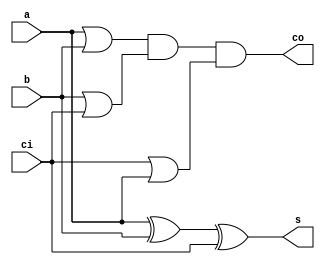
// 1-bit Adder 
module adder(s, co, a, b, ci);

   output s, co;	//Outputs of Sum and Carry Out
   input  a, b, ci;	//Inputs of A, b and Carry In
   
   wire   o0, o1, o2;	//Internal wiring
   	
   xor(s, a, b, ci);	//Calculation of Sum
   
   or(o0, a, b);	//Calculation of Carry Out
   or(o1, b, ci);
   or(o2, ci, a);
   and(co, o0, o1, o2);
   
endmodule // adder

//7-bit adder used in the final calculation after the 3:2 adders have done there thing
module adder7(s, co, a, b, ci);
   
   output [6:0] s;	//7-bit Sum output
   output co;		//Output bit of Carry out
   
   input [6:0] 	a, b;	//7-bit Input A and B
   input ci;			//Input bit of Carry in
   
   wire 	c1, c2, c3, c4, c5, c6;	

   adder a0(s[0], c1, a[0], b[0], ci);	
   adder a1(s[1], c2, a[1], b[1], c1);	
   adder a2(s[2], c3, a[2], b[2], c2);
   adder a3(s[3], c4, a[3], b[3], c3);
   adder a4(s[4], c5, a[4], b[4], c4);
   adder a5(s[5], c6, a[5], b[5], c5);
   adder a6(s[6], co, a[6], b[6], c6);
   
endmodule // adder8

//3:2 adder with all inputs and outputs 7-bit wide
module adder3_2(s, co, a, b, c);
   
   output [6:0] s,co;	//7-bit Sum output and 7-bit carry in where co[0] = 0 (Carry In will be added in later)
   input [6:0] 	a, b, c;	//7-bit Input A and B
	
   wire 	c1;		//the last carry bit is not used so assign to bogus entiry
  
   assign co[0] = 0;	//assingment of co[0] to 0, this causes the Carry vector to be shifted over to left by 1
   
   adder a0(s[0], co[1], a[0], b[0], c[0] );	
   adder a1(s[1], co[2], a[1], b[1], c[1]);	
   adder a2(s[2], co[3], a[2], b[2], c[2]);
   adder a3(s[3], co[4], a[3], b[3], c[3]);
   adder a4(s[4], co[5], a[4], b[4], c[4]);
   adder a5(s[5], co[6], a[5], b[5], c[5]);
   adder a6(s[6], c1, a[6], b[6], c[6]);
   
  
   
endmodule // adder8

//7-operand adder utilizing the 3:2 adders
module adder_lin(s, co, a, b, c, d, e, f, g, h, ci);

	output [6:0] s;
	output co;
	input  [6:0] a, b, c, d, e, f, g, h;
	input ci; 

	wire [6:0] s1,s2,s3,s4,s5,s6;
	wire [6:0]co1, co2, co3, co4, co5, co6;
	
	//3:2 adders in linear fashion
	adder3_2 a0(s1, co1, a, b, c);
	adder3_2 a1(s2, co2, s1, co1, d);
	adder3_2 a2(s3, co3, s2, co2, e);
	adder3_2 a3(s4, co4, s3, co3, f);
	adder3_2 a4(s5, co5, s4, co4, g);
	adder3_2 a5(s6, co6, s5, co5, h);

	adder7 a6(s, co, s6, co6, ci);		//normal FA implementation, adds in ci 

endmodule //7-operand adder